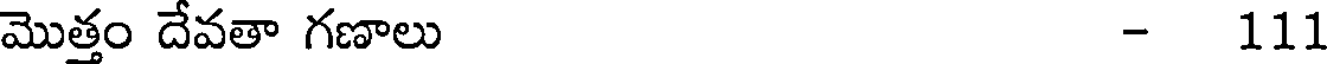
మొత్తం దేవతా గణాలు - 111